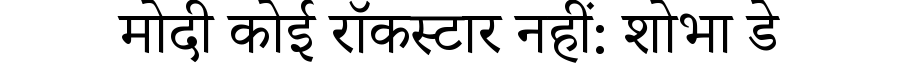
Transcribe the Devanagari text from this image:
मोदी कोई रॉकस्टार नहीं: शोभा डे